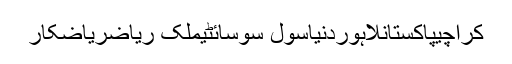
کراچیپاکستانلاہوردنیاسول سوسائٹیملک ریاضریاضکار